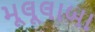
મૂલૂલાબા